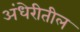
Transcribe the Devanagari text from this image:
अंधेरीतील